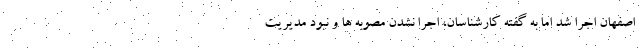
اصفهان اجرا شد اما به گفته کارشناسان، اجرا نشدن مصوبه ها و نبود مدیریت